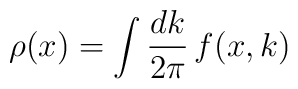
\rho(x)=\int\frac{dk}{2\pi}\, f(x,k)